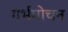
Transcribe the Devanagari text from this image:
गर्भमोचन